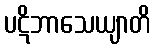
ပဋိဘာသေယျာတိ